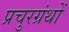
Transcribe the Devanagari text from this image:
प्रचुरग्रंथों